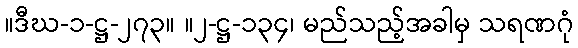
။ဒီဃ-၁-ဋ္ဌ-၂၇၃။ ။၂-ဋ္ဌ-၁၃၄၊ မည်သည့်အခါမှ သရဏဂုံ